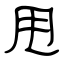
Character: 甩